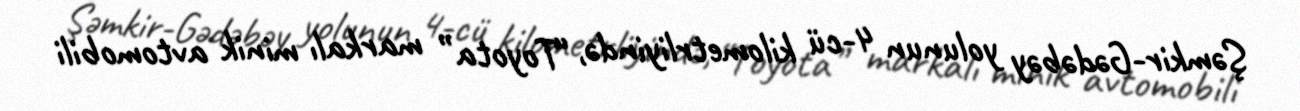
Şəmkir-Gədəbəy yolunun 4-cü kilometrliyində, “Toyota” markalı minik avtomobili